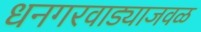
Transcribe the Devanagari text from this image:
धनगरवाड्याजवळ